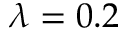
\lambda = 0 . 2